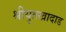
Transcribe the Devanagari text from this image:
श्रीयुतखादाड